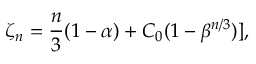
\zeta _ { n } = \frac { n } { 3 } ( 1 - \alpha ) + C _ { 0 } ( 1 - \beta ^ { n / 3 } ) ] ,